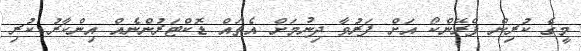
މީގެ ކުރިން ފްރޭންކޯ އަށް ފަރުވާ ދިނުމަށް އެތައް ޑޮކްޓަރުންނެއް އިންކާރު ކުރި